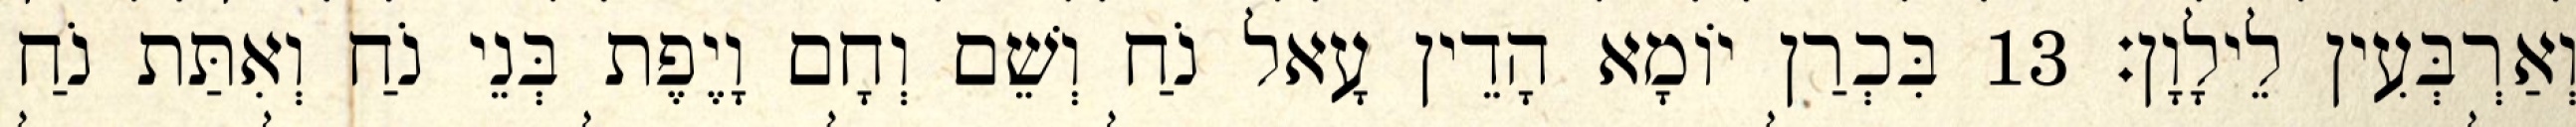
וְאַרְבְּעִין לֵילָוָן׃ 13 בִּכְרַן יוֹמָא הָדֵין עָאל נֹחַ וְשֵׁם וְחָם וָיֶפֶת בְּנֵי נֹחַ וְאִתַּת נֹחַ